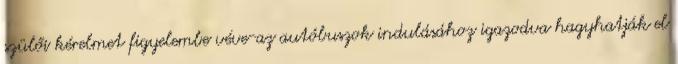
szülői kérelmet figyelembe véve-az autóbuszok indulásához igazodva hagyhatják el